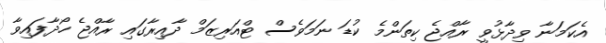
އެކަމަނާ ވިދާޅުވީ ރާއްޖެ ކިތަންމެ ކުޑަ ނަމަވެސް ޓްއަރިޒަމް ދާއިރާގައި ރާއްޖެ ހޯދާފައިވާ